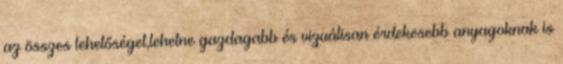
az összes lehetőséget,lehetne gazdagabb és vizuálisan érdekesebb anyagoknak is